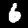
Digit: 6